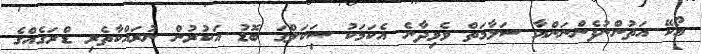
އޯކޭ އަތުންނުފެންނަންޔާ ސަލާމަތް ވެވިދާނެ އެކަމަކު ސަިކަލްގަ ބޮޑު އަކުރުން ނުރައްކާތެރި ޑްރަގެއްގެ